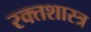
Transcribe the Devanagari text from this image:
रक्तशास्त्र